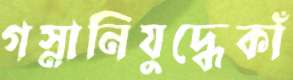
গস্নানিযুদ্ধেকাঁ